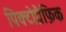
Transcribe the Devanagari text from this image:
पिक्टोग्रैफ़िक